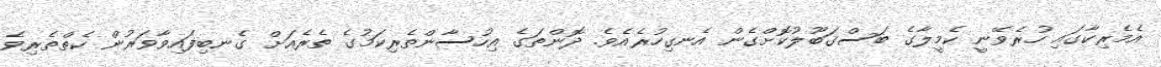
އެމެރިކާގައި ހުރެވޭނީ ކެމީލާގެ ބަސްގަބޫލުކޮށްގެން އެނގިހުރެއެވެ. ދޮންތަގެ އިހުސާންތެރިކަމުގެ ތެރެއަށް ގެނބިފައިވާވަރުން ކެތްތެރިވެ